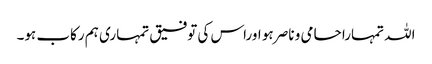
اللہ تمہارا حامی و ناصر ہو اوراس کی توفیق تمہاری ہم رکاب ہو۔